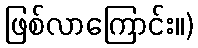
ဖြစ်လာကြောင်း။)